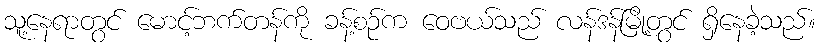
သူ့နေရာတွင် မောင့်ဘက်တန်ကို ခန့်စဉ်က ဝေဗယ်သည် လန်ဒန်မြို့တွင် ရှိနေခဲ့သည်။